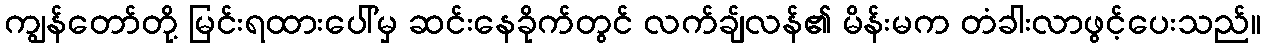
ကျွန်တော်တို့ မြင်းရထားပေါ်မှ ဆင်းနေခိုက်တွင် လက်ချ်လန်၏ မိန်းမက တံခါးလာဖွင့်ပေးသည်။